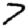
Digit: 7